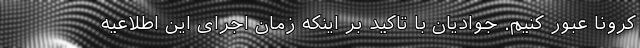
کرونا عبور کنیم. جوادیان با تاکید بر اینکه زمان اجرای این اطلاعیه